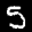
Label: 5